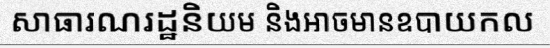
សាធារណរដ្ឋនិយម និងអាចមានឧបាយកល